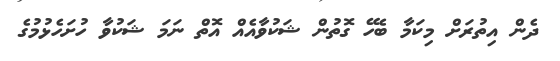
ދެން އިތުރަށް މިކަމާ ބެހޭ ގޮތުން ޝަކުވާއެއް އޮތް ނަމަ ޝަކުވާ ހުށަހެޅުމުގެ